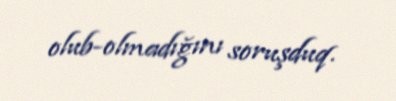
olub-olmadığını soruşduq.